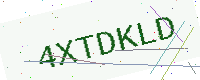
Text: 4XTDKLD